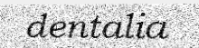
dentalia